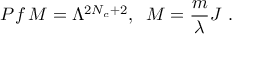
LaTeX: P f \, M = \Lambda ^ { 2 N _ { c } + 2 } , \; \; M = \frac { m } { \lambda } J \ .